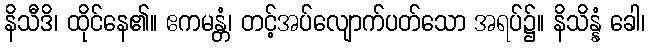
နိသီဒိ၊ ထိုင်နေ၏။ ဧကမန္တံ၊ တင့်အပ်လျောက်ပတ်သော အရပ်၌။ နိသိန္နံ ခေါ၊